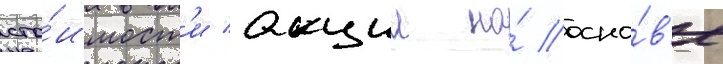
сто́имост'и акции на́ осно́в'е